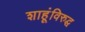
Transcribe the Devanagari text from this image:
शाहूंविरुद्घ